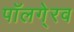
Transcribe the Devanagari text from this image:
पॉलगे्रव